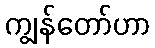
ကျွန်တော်ဟာ